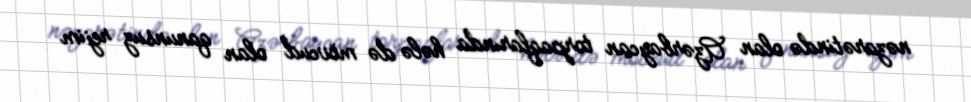
nəzarətində olan Azərbaycan torpaqlarında hələ də mövcud olan qanunsuz rejim